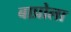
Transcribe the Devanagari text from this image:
बाप्रोला